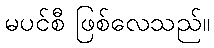
မပင်စီ ဖြစ်လေသည်။